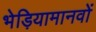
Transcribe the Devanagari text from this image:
भेड़ियामानवों